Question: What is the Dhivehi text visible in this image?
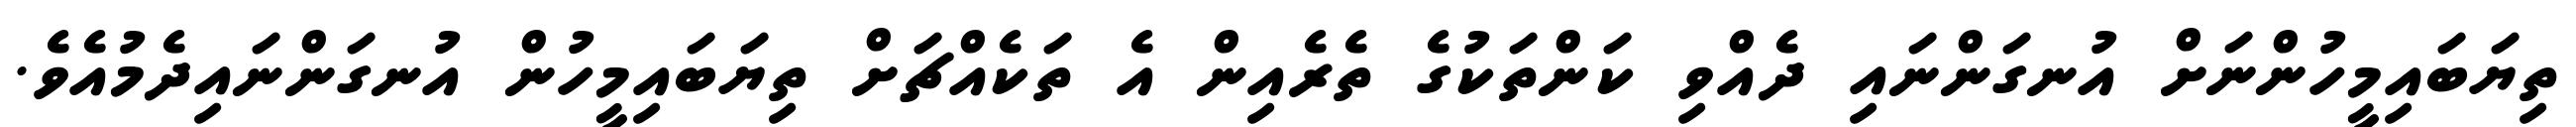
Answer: ތިޔަބައިމީހުންނަށް އުނގަންނައި ދެއްވި ކަންތަކުގެ ތެރެއިން އެ ތަކެއްޗަށް ތިޔަބައިމީހުން އުނގަންނައިދެމުއެވެ.